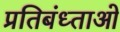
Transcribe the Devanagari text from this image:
प्रतिबंध्ताओ